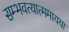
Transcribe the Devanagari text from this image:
सम्भवत्यात्ममायया